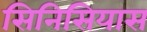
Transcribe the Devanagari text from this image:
सिनिसियास